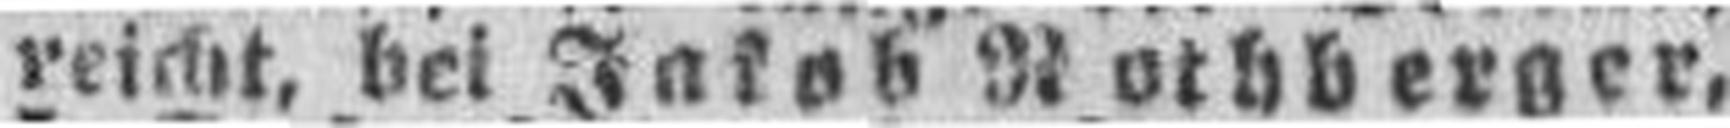
reicht, bei Jakob Rothberger,